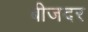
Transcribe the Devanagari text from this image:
बीजदर